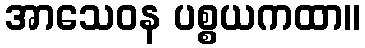
အာသေဝန ပစ္စယကထာ။